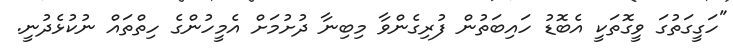
"ހަގީގަތުގަ ވީގޮތަކީ އެބޮޑު ހައިބަތުން ފުރިގެންވާ މިބިނާ ދުށުމަށް އެމީހުންގެ ހިތްތައް ނުކުޅެދުނީ.